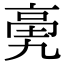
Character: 亴